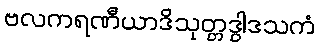
ဗလကရဏီယာဒိသုတ္တဒွါဒသကံ